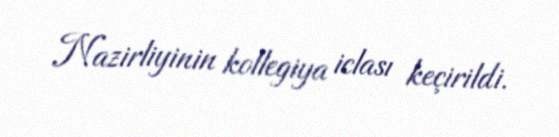
Nazirliyinin kollegiya iclası keçirildi.